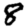
Digit: 8